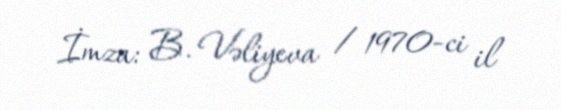
İmza: B. Vəliyeva / 1970-ci il